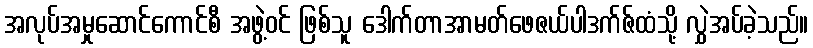
အလုပ်အမှုဆောင်ကောင်စီ အဖွဲ့ဝင် ဖြစ်သူ ဒေါက်တာအာမတ်ဖေဇယ်ပါဒက်ဇ်ထံသို့ လွှဲအပ်ခဲ့သည်။